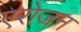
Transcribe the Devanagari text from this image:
एरोजन